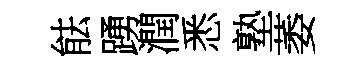
䏻踴潤悉塾萎